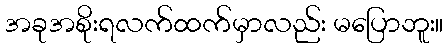
အခုအစိုးရလက်ထက်မှာလည်း မပြောဘူး။